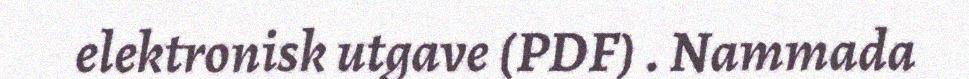
elektronisk utgave (PDF) . Nammada